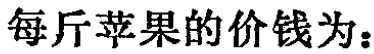
每斤苹果的价钱为：